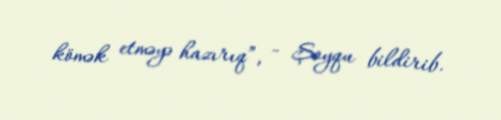
kömək etməyə hazırıq”, - Şoyqu bildirib.